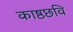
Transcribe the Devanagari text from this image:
काष्ठछवि